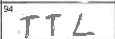
Transcription: TTL